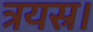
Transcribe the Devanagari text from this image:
त्रयस्र।